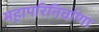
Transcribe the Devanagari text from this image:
महापरिनिर्वाणा